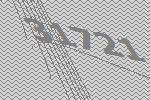
31721